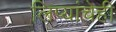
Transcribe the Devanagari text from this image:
लिप्यांचेही